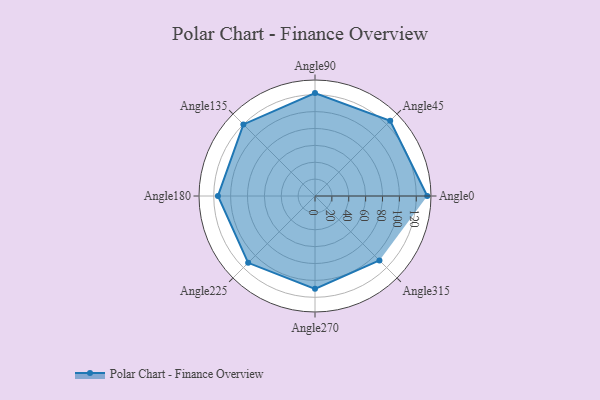
{"axis": {"x": "Angle", "y": "Radius"}, "legend": [""], "data": [{"x": "Angle0", "y": 133.0, "type": ""}, {"x": "Angle45", "y": 126.0, "type": ""}, {"x": "Angle90", "y": 122.0, "type": ""}, {"x": "Angle135", "y": 120.0, "type": ""}, {"x": "Angle180", "y": 115.0, "type": ""}, {"x": "Angle225", "y": 112.0, "type": ""}, {"x": "Angle270", "y": 110.0, "type": ""}, {"x": "Angle315", "y": 108.0, "type": ""}]}